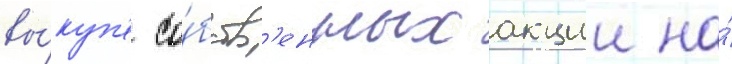
вы́куп'е со́бств'енных акции на́